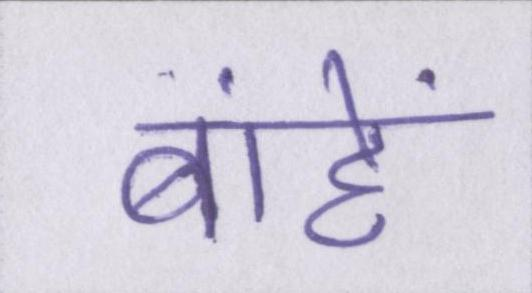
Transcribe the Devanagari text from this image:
बांहें